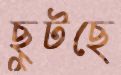
ছুটছে